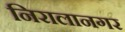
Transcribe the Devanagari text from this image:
निरालानगर